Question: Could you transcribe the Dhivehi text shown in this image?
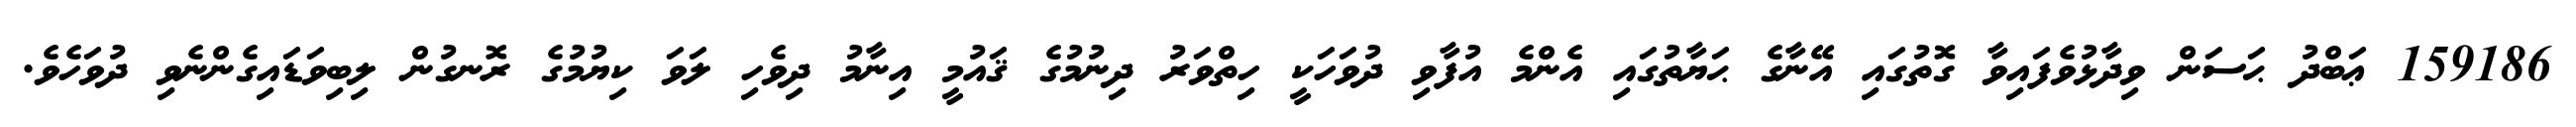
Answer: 159186 ޢަބްދު ޙަސަން ވިދާޅުވެފައިވާ ގޮތުގައި އޭނާގެ ޙަޔާތުގައި އެންމެ އުފާވި ދުވަހަކީ ހިތްވަރު ދިނުމުގެ ޤައުމީ އިނާމު ދިވެހި ލަވަ ކިޔުމުގެ ރޮނގުން ލިބިވަޑައިގެންނެވި ދުވަހެވެ.